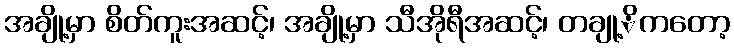
အချို့မှာ စိတ်ကူးအဆင့်၊ အချို့မှာ သီအိုရီအဆင့်၊ တချု့ိကတော့